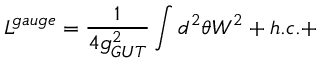
{ \cal L } ^ { g a u g e } = \frac { 1 } { 4 g _ { G U T } ^ { 2 } } \int d ^ { 2 } \theta { \cal W } ^ { 2 } + h . c . +